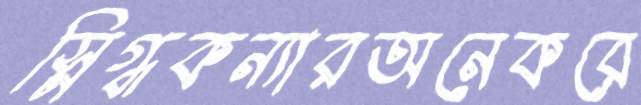
স্নিগ্ধকন্যারঅনেকরে